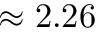
\approx 2 . 2 6